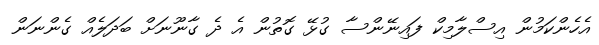
އެހެންކަމުން އިސްލާމިކް ފައިނޭންސާ ގުޅޭ ގޮތުން އެ ދެ ގާނޫނަށް ބަދަލެއް ގެންނަން